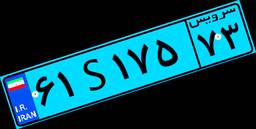
۶۱S۱۷۵۷۳